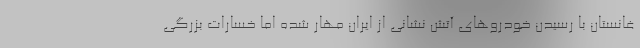
غانستان با رسیدن خودروهای آتش نشانی از ایران مهار شده اما خسارات بزرگی